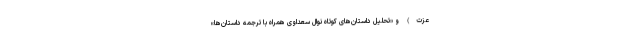
عزت) و «تحلیل داستان‌های کوتاه نوال سعداوی همراه با ترجمه داستان‌ها»